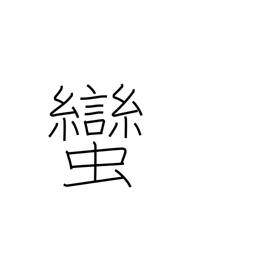
Meaning: barbarian